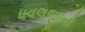
ધવલજીનો